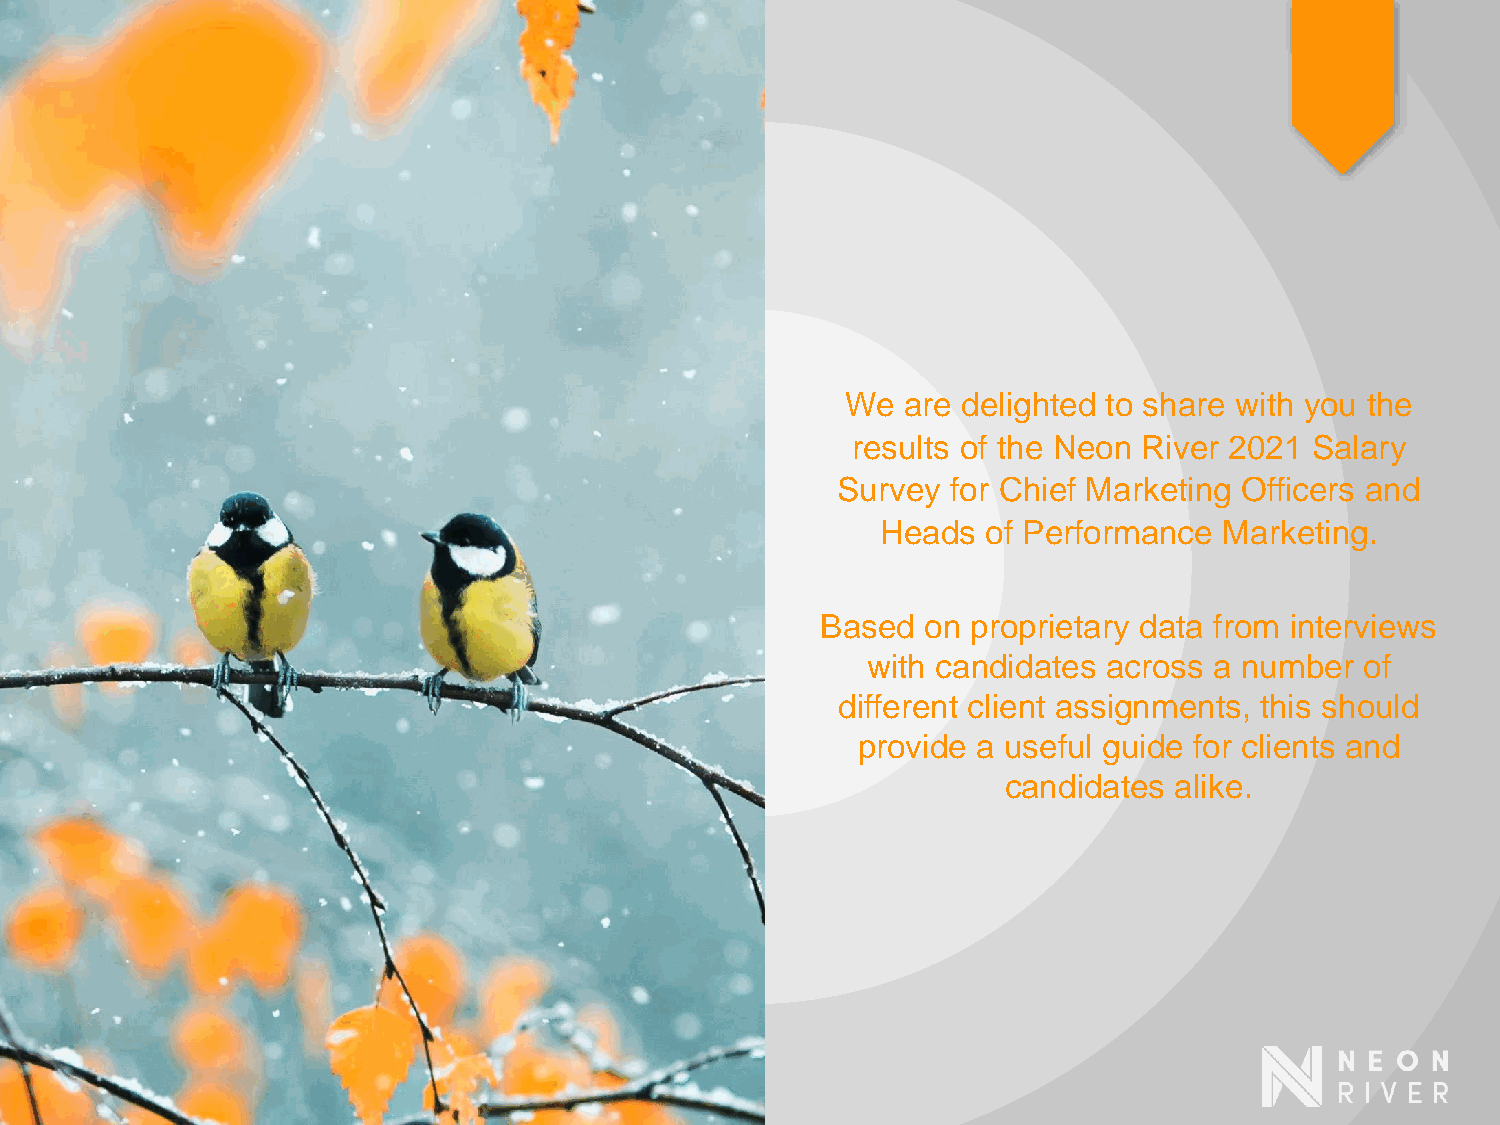
We  are delighted to share with you the
 results of the Neon River 2021 Salary
 Survey  for Chief Marketing Officers and
 Heads  of Performance  Marketing.
 Based  on proprietary data from interviews
 with candidates across a number  of
 different client assignments, this should
 provide a useful guide for clients and
 candidates alike.